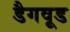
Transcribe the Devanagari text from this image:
डैगवूड